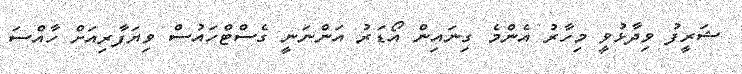
ޝަރީފު ވިދާޅުވީ މިހާރު އެންމެ ގިނައިން އޯޑަރު އަންނަނީ ގެސްޓްހައުސް ވިޔަފާރިއަށް ހާއްސަ